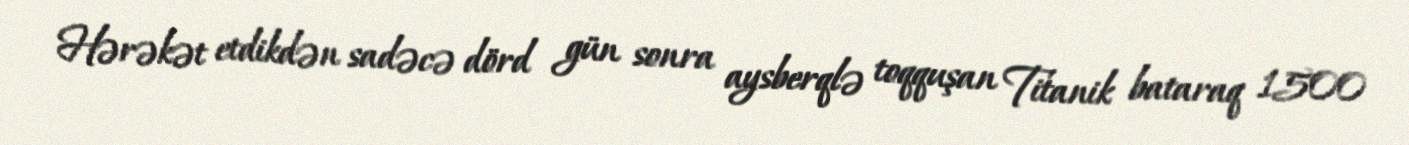
Hərəkət etdikdən sadəcə dörd gün sonra aysberqlə toqquşan Titanik bataraq 1500